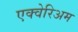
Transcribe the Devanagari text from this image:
एक्वेरिअम